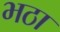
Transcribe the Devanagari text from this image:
भठा